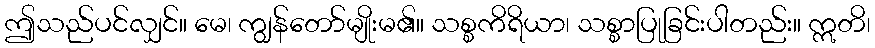
ဤသည်ပင်လျှင်။ မေ၊ ကျွန်တော်မျိုးမ၏။ သစ္စကိရိယာ၊ သစ္စာပြုခြင်းပါတည်း။ ဣတိ၊